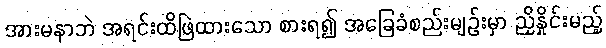
အားမနာဘဲ အရင်းထိဖြဲထားသော စားရ၍ အခြေခံစည်းမျဉ်းမှာ ညှိနှိုင်းမည့်